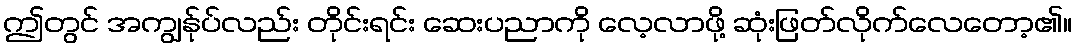
ဤတွင် အကျွန်ုပ်လည်း တိုင်းရင်း ဆေးပညာကို လေ့လာဖို့ ဆုံးဖြတ်လိုက်လေတော့၏။